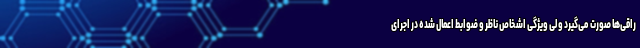
راقی‌ها صورت می‌گیرد ولی ویژگی اشخاص ناظر و ضوابط اعمال شده در اجرای